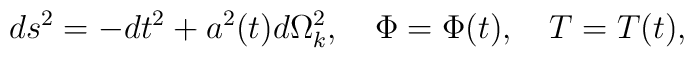
ds^2=-dt^2+a^2(t)d\Omega^{2}_{k},\quad \Phi=\Phi(t),\quad T=T(t),